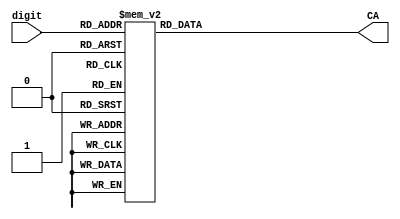
`timescale 1ns / 1ps
//////////////////////////////////////////////////////////////////////////////////
// Company: 
// Engineer: 
// 
// Design Name: 
// Module Name: bcd_to_cathode_control
// Project Name: 
// Target Devices: 
// Tool Versions: 
// Description: 
// 
// Dependencies: 
// 
// Revision:
// Revision 0.01 - File Created
// Additional Comments:
// 
//////////////////////////////////////////////////////////////////////////////////

module bcd_to_cathode_control(
    input [3:0] digit,
    output reg [7:0] CA
    );
    
    always @(digit) begin
        case(digit)
            4'd0: CA <= 8'b11000000;
            4'd1: CA <= 8'b11111001;
            4'd2: CA <= 8'b10100100;
            4'd3: CA <= 8'b10110000;
            4'd4: CA <= 8'b10011001;
            4'd5: CA <= 8'b10010010;
            4'd6: CA <= 8'b10000010;
            4'd7: CA <= 8'b11111000;
            4'd8: CA <= 8'b10000000;
            4'd9: CA <= 8'b10010000;
            default: CA <= 8'b11000000; //0 
        endcase
    end
endmodule